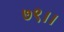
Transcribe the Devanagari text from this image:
७९।।